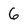
Character: 6